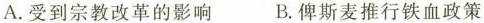
A.受到宗教改革的影响 B.俾斯麦推行铁血政策